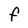
Character: F